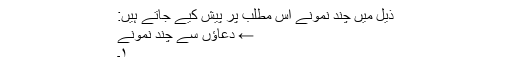
ذیل میں چند نمونے اس مطلب پر پیش کیے جاتے ہیں:
← دعاؤں سے چند نمونے
۱۔